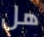
هل